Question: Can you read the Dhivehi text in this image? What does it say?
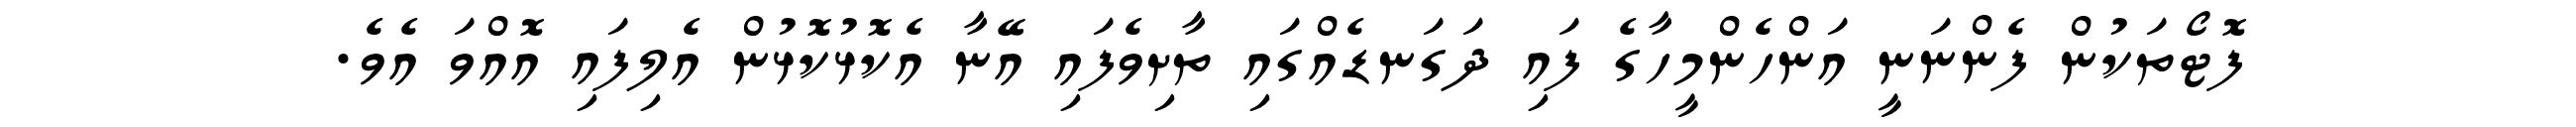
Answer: ފޮޓޯތަކުން ފެންނަނީ އަންހެންމީހާގެ ފައި ދަގަނޑެއްގައި ތާށިވެފައި އޭނާ އެކޮޅުކޮޅުން އެލިފައި އޮއްވަ އެވެ.